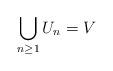
LaTeX: \begin{align*}\bigcup_{n\ge 1}U_n=V\quad\end{align*}